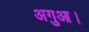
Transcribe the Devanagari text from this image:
अगुआ।